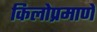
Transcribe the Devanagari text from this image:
किलोप्रमाणे